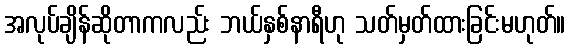
အလုပ်ချိန်ဆိုတာကလည်း ဘယ်နှစ်နာရီဟု သတ်မှတ်ထားခြင်းမဟုတ်။